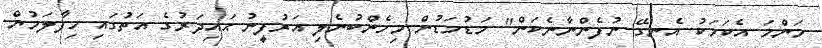
މަންމަ އެކަމަކު އެނގޭ ނުފެންނާނެކަން" މަޑުމަޑުން މިހެންބުނެލި އަރުފީނު ޙައިދަރުގެ އަތުގައި ހިފާލަމުން